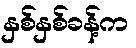
နှစ်နှစ်ခန့်က